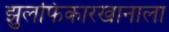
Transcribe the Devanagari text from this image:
झुलफिकारखानाला